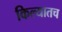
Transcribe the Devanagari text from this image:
किल्यातच